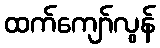
ထက်ကျော်လွန်